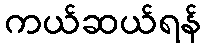
ကယ်ဆယ်ရန်